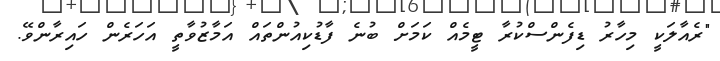
"ރެއާލަކީ މިހާރު ޑިފެންސްކުރާ ޓީމެއް ކަމަށް ބުނެ ފާޑުކިއުންތައް އަމާޒުވާތީ އަހަރެން ހައިރާންވޭ.